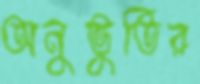
অনুভুতির